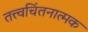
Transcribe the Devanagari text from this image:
तत्त्वचिंतनात्मक